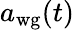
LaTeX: a_{\mathrm{wg}}(t)